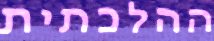
ההלכתית